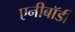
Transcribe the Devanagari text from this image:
एनीबॉडी